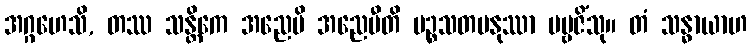
အဂ္ဂဟေသိ, တဿ သန္တိကေ အညေပိ အညေပီတိ ပဉ္စသတမနုဿာ ပဗ္ဗဇိံသု။ တံ သန္ဓာယာဟ